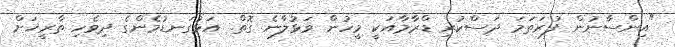
"އިންސާނުން ފުރަތަމަ ދަސްކުރި ޑްރާމާއަކީ މީހުން ވަޅުލާނެ ގޮތް. އަޅުގަނޑުމެންގެ ދިވެހި ތާރީޚަށް